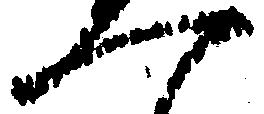
一